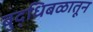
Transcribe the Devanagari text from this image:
बुद्धिबळातून